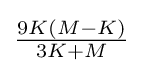
{\tfrac {9K(M-K)}{3K+M}}